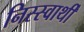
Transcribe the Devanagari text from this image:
निस्स्वार्थी